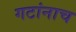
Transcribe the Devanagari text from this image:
गटांनाच